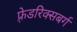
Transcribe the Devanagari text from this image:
फ़्रेडरिक्सबर्ग